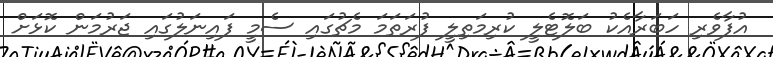
އުފާވެރި ހަބަރާއެކު ބަލޮޓެލީ ކުރިމަތިލީ ފުރަތަމަ މެޗުގައި ސެމީ ފައިނަލުގައި ޖަރުމަން ކޮޅަށް